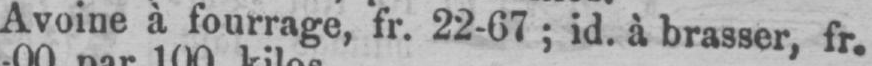
Avoine à fourrage,fr.22-67;id à brasser, fr.